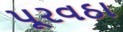
પૂરવઠા